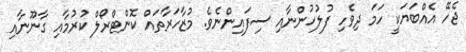
ޖެހޭ އެއްބަޔަކީ ހަމަ ދިވެހި ފުލުހުންނާއި ސިފައިންނެވެ. މުޒާހަރާތައް ކޮންޓްރޯލް ކުރުމާއި ގާނޫނާއި